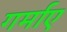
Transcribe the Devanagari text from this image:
गर्माए